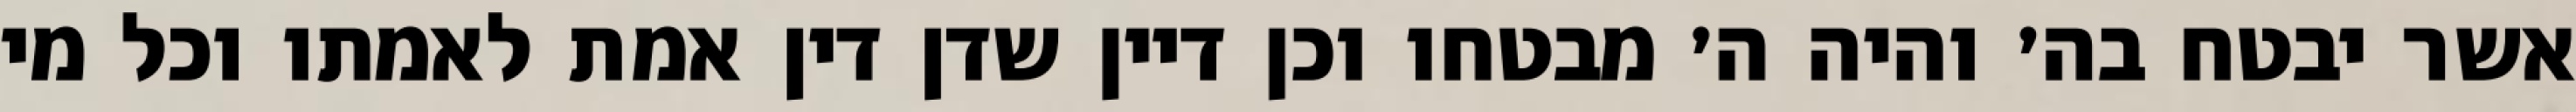
אשר יבטח בה׳ והיה ה׳ מבטחו וכן דיין שדן דין אמת לאמתו וכל מי